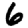
Digit: 6